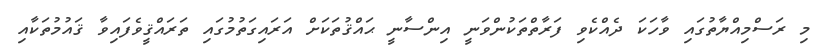
މި ރަސްމިއްޔާތުގައި ވާހަކަ ދެއްކެވި ފަރާތްތަކުންވަނީ އިންސާނީ ޙައްޤުތަކަށް އަރައިގަތުމުގައި ތަރައްޤީވެފައިވާ ޤައުމުތަކާއި